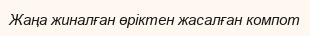
Жаңа жиналған өріктен жасалған компот